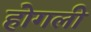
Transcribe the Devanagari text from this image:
होगली